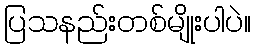
ပြသနည်းတစ်မျိုးပါပဲ။